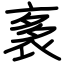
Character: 袲